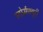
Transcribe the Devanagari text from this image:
स्टोर्मफ्यूरी